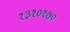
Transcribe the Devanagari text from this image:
१३१०१७०